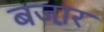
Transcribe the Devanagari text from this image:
बजा़र